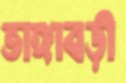
ভাঙ্গাবড়ী